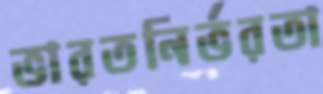
ভারতনির্ভরতা